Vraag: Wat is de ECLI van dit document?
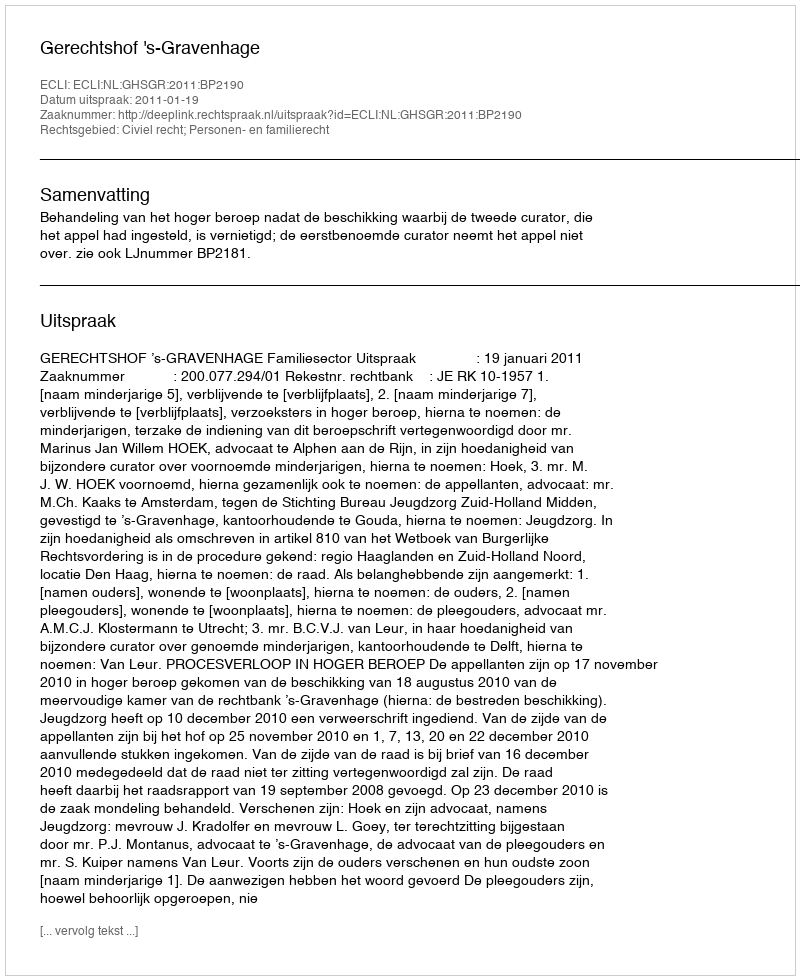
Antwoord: ECLI:NL:GHSGR:2011:BP2190